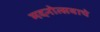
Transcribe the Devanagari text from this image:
मदनोत्सवाचे